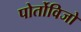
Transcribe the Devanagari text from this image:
पोर्तोविजो